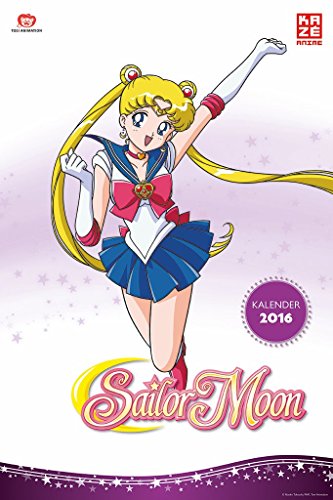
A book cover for Sailor Moon - Wandkalender 2016; Calendars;